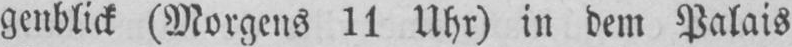
genblick (Morgens 11 Uhr) in dem Palais